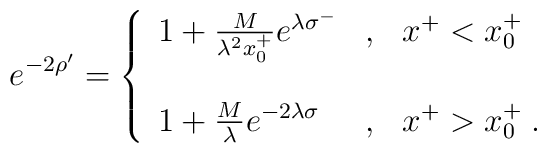
e^{-2\rho'}=\left\{\begin{array}{lcl}1+{M\over{\lambda^2x^+_0}}e^{\lambda\sigma^-}&,&x^+<x^+_0\nonumber\\\\1+{M\over\lambda}e^{-2\lambda\sigma}&,&x^+>x^+_0\;.\end{array}\right.